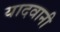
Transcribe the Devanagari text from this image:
यादवानी